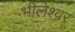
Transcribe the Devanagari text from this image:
भीलेश्‍वर